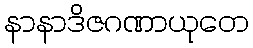
နာနာဒိဇဂဏာယုတေ